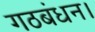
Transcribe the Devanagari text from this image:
गठबंधन।